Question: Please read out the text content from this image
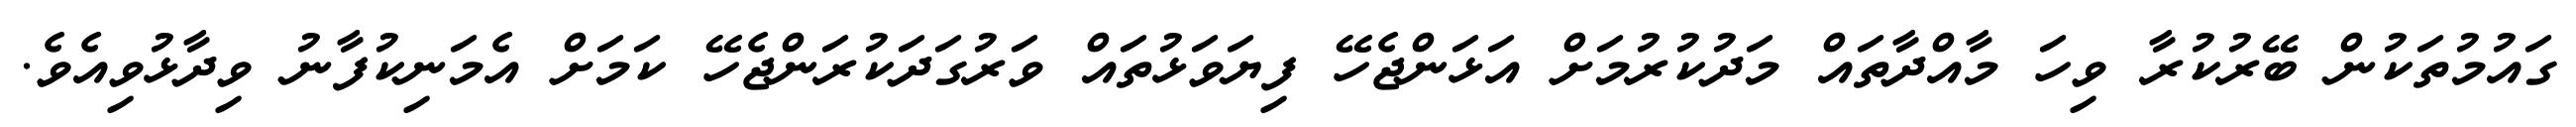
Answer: ގައުމުތަކުން ބޭރުކުރާ ވިހަ މާއްދާތައް މަދުކުރުމަށް އަޅަންޖެހޭ ފިޔަވަޅުތައް ވަރުގަދަކުރަންޖެހޭ ކަމަށް އެމަނިކުފާނު ވިދާޅުވިއެވެ.